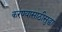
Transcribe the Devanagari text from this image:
करण्यासाठीसुद्धा